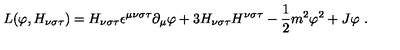
L ( \varphi , H _ { \nu \sigma \tau } ) = H _ { \nu \sigma \tau } \epsilon ^ { \mu \nu \sigma \tau } \partial _ { \mu } \varphi + 3 H _ { \nu \sigma \tau } H ^ { \nu \sigma \tau } - \frac { 1 } { 2 } m ^ { 2 } \varphi ^ { 2 } + J \varphi \ .